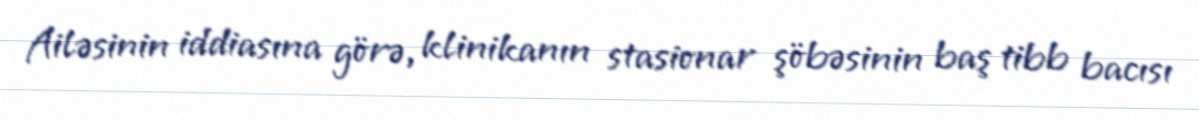
Ailəsinin iddiasına görə, klinikanın stasionar şöbəsinin baş tibb bacısı